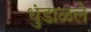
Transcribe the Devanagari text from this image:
धुंडाळले